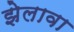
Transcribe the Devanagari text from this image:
झेलावा